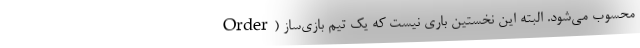
Order) محسوب می‌شود. البته این نخستین باری نیست که یک تیم بازی‌ساز